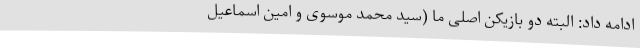
ادامه داد: البته دو بازیکن اصلی ما (سید محمد موسوی و امین اسماعیل